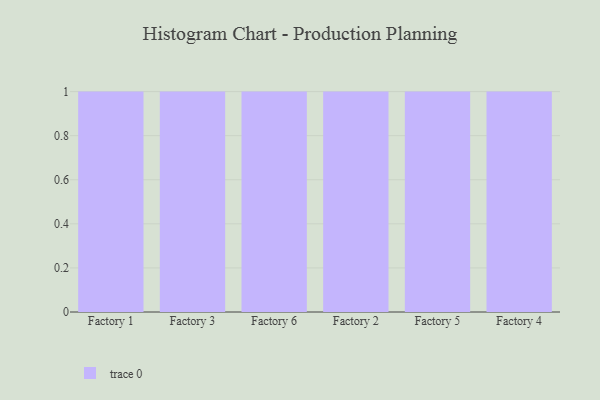
{"axis": {"x": "Factory", "y": "Population (Million)"}, "legend": [""], "data": [{"x": "Factory 1", "y": 69, "type": ""}, {"x": "Factory 3", "y": 66, "type": ""}, {"x": "Factory 6", "y": 70, "type": ""}, {"x": "Factory 2", "y": 88, "type": ""}, {"x": "Factory 5", "y": 51, "type": ""}, {"x": "Factory 4", "y": 78, "type": ""}]}